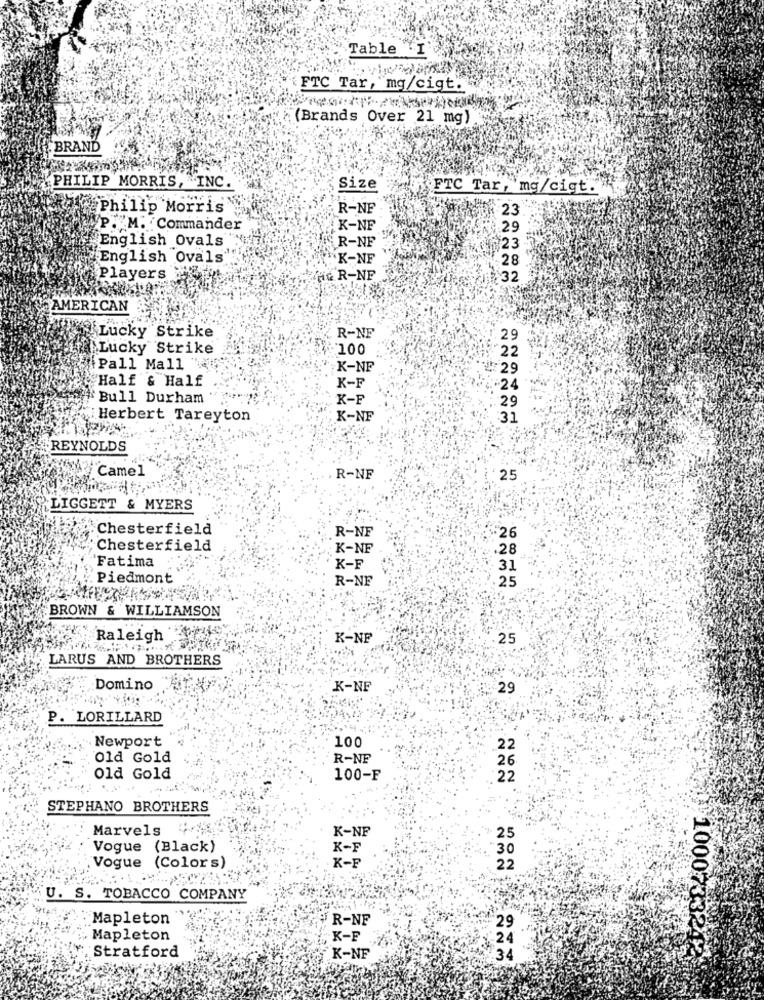
Table I
FTC Tar, "mg/cigt.
(Brands Over 21 mg)
BRAND
PHILIP MORRIS, INC.
Size
FTC Tar, mg/cigt.
Philip Morris
R-NF
23
P. M. Commander
K-NF
29
English Ovals
ER-NF
23
English Ovals
K-NF
28
Players
H& R-NF
32
AMERICAN
R-NF
Lucky Strike
29
Lucky Strike
:100
22
Pall Mall "
K-NF
: 29
Half & Half
K-F
:24
Bull Durham
K-F
29
Herbert Tareyton
K-NF
33
REYNOLDS
Camel
R-NF
25
LIGGETT & MYERS
Chesterfield
R-NF
26
Chesterfield
K-NF
28
Fatima
K-F
31
Piedmont
R-NE
25
BROWN & WILLIAMSON
Raleigh
K-NF
25
LARUS AND BROTHERS
Domino
K-NF
29
P. LORILLARD
Newport
100
22
old Gold
R-NF
26
Old Gold
100-F
22
STEPHANO BROTHERS
Marvels
K-NF
25
Vogue (Black)
K-F
30
K-F
Vogue (Colors)
22
U. S. TOBACCO COMPANY
Mapleton
R-NF
29
10007332
Mapleton
K-F
24
Stratford
K-NF
34